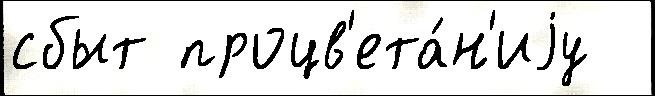
сбыт процв'ета́н'иjу